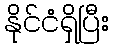
နိုင်ငံရှိပြီး